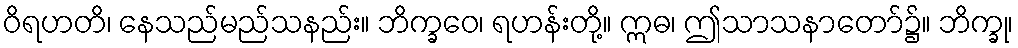
ဝိရဟတိ၊ နေသည်မည်သနည်း။ ဘိက္ခဝေ၊ ရဟန်းတို့။ ဣဓ၊ ဤသာသနာတော်၌။ ဘိက္ခု၊